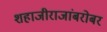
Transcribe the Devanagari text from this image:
शहाजीराजांबरोबर